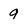
Character: 9